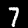
Label: 7